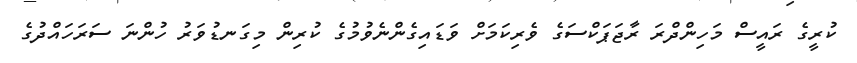
ކުރީގެ ރައީސް މަހިންދްރަ ރާޖަޕަކްސަގެ ވެރިކަމަށް ވަޑައިގެންނެވުމުގެ ކުރިން މިގަނޑުވަރު ހުންނަ ސަރަހައްދުގެ